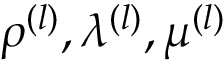
\rho ^ { ( l ) } , \lambda ^ { ( l ) } , \mu ^ { ( l ) }